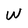
Character: W